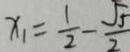
x _ { 1 } = \frac { 1 } { 2 } - \frac { \sqrt { 5 } } { 2 }